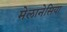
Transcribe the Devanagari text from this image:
मेलानेसिया